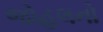
જોહલનો